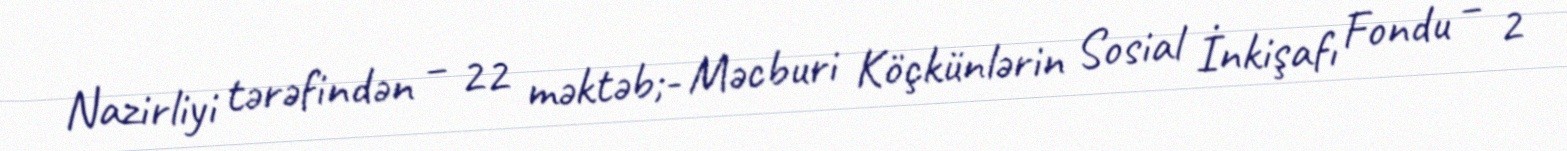
Nazirliyi tərəfindən – 22 məktəb;- Məcburi Köçkünlərin Sosial İnkişafı Fondu – 2